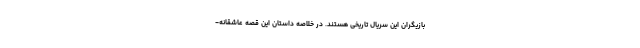
بازیگران این سریال تاریخی هستند. در خلاصه داستان این قصه عاشقانه-